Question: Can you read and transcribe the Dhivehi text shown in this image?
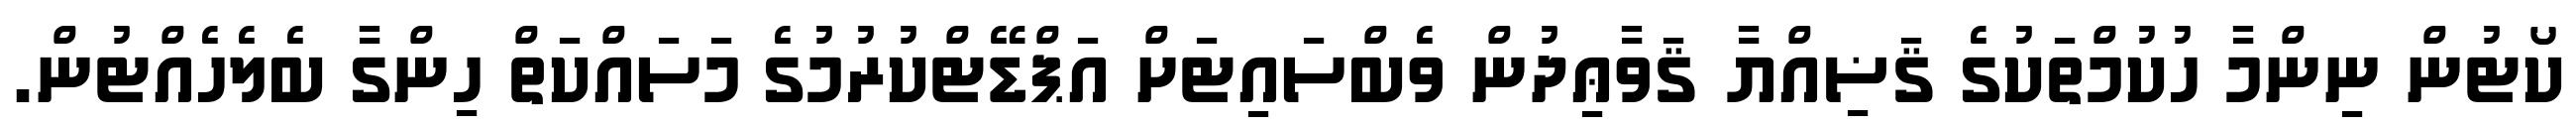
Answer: ކޯޓުން ނިންމާ ހުކުމްތަކުގެ ޤަޟިއްޔާ ޤަވާޢިދުން ވެބްސައިޓަށް އަޕްޑޭޓްކުރުމުގެ މަސައްކަތް ހިންގާ ބެލެހެއްޓުން.